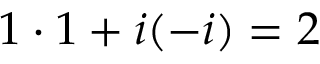
1 \cdot 1 + i ( - i ) = 2